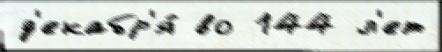
д'екабр'я́ во 144 л'ет